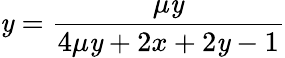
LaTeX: \mathit{y}=\frac{{\mu\mathit{y}}}{{4\mu\mathit{y}+2x+2\mathit{y}-1}}